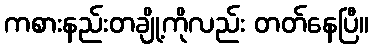
ကစားနည်းတချို့ကိုလည်း တတ်နေပြီ။